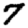
Digit: 7